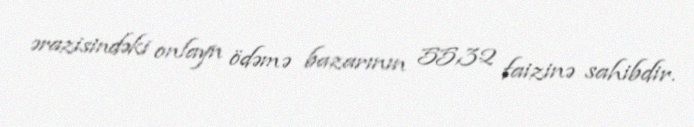
ərazisindəki onlayn ödəmə bazarının 55,32 faizinə sahibdir.